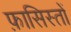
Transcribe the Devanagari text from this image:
फ़ासिस्तों